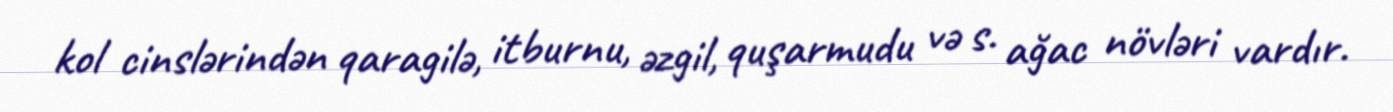
kol cinslərindən qaragilə, itburnu, əzgil, quşarmudu və s. ağac növləri vardır.